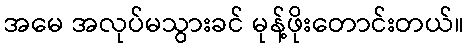
အမေ အလုပ်မသွားခင် မုန့်ဖိုးတောင်းတယ်။